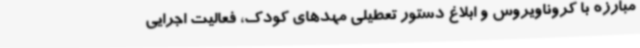
مبارزه با کروناویروس و ابلاغ دستور تعطیلی مهدهای کودک، فعالیت اجرایی